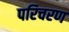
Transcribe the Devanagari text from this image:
परिचरण